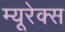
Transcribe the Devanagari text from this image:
म्यूरेक्स